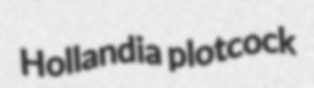
Hollandia plotcock